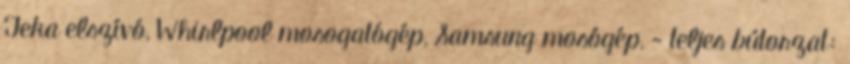
Teka elszívó, Whirlpool mosogatógép, Samsung mosógép, - teljes bútorzat: